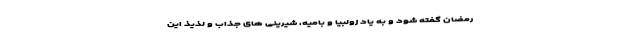
رمضان گفته شود و به یاد زولبیا و بامیه، شیرینی های جذاب و لذیذ این